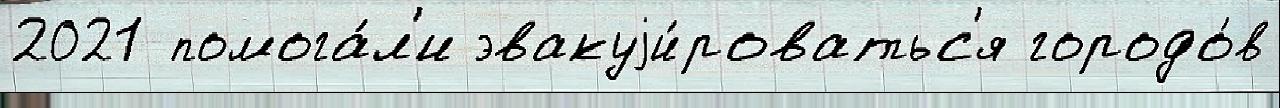
2021 помога́л'и эвакуjи́роватьс'я городо́в